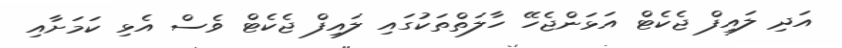
އަދި ލައިފް ޖެކެޓް އަޅަންޖެހޭ ހާލަތްތަކުގައި ލައިފް ޖެކެޓް ވެސް އެޅި ކަމަށާއި